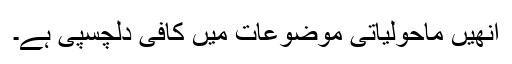
انھیں ماحولیاتی موضوعات میں کافی دلچسپی ہے۔